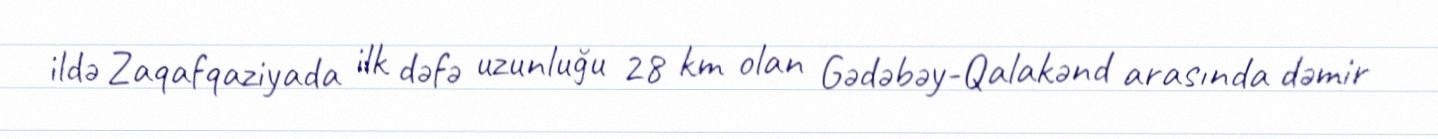
ildə Zaqafqaziyada ilk dəfə uzunluğu 28 km olan Gədəbəy-Qalakənd arasında dəmir